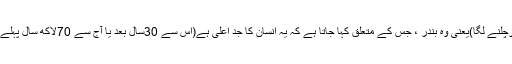
13کروڑ سال بعد یا آج سے 17کروڑ سال پہلے بے دم بوزنہ(Ape) سیدھا ہو کرچلنے لگا)یعنی وہ بندر ، جس کے متعلق کہا جاتا ہے کہ یہ انسان کا جد اعلیٰ ہے(اس سے 30سال بعد یا آج سے 70لاکھ سال پہلے اس بے دم بوزنے کی ایک قسم” تپھکن تھروپس” سے پہلی انسانی نسل پیدا ہوئی ۔